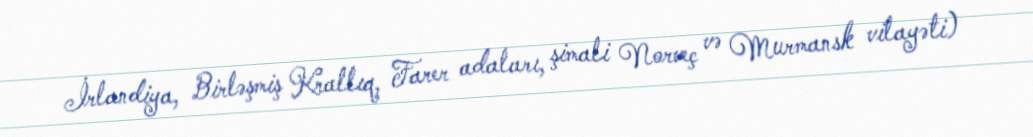
İrlandiya, Birləşmiş Krallıq, Farer adaları, şimali Norveç və Murmansk vilayəti)